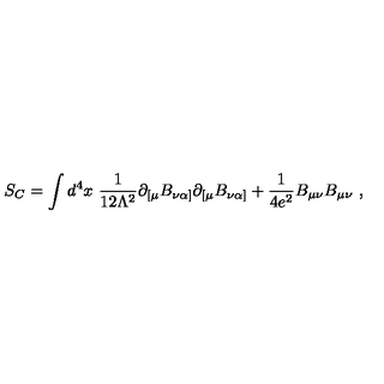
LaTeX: S _ { C } = \int d ^ { 4 } x \ { \frac { 1 } { 1 2 \Lambda ^ { 2 } } } \partial _ { [ \mu } B _ { \nu \alpha ] } \partial _ { [ \mu } B _ { \nu \alpha ] } + { \frac { 1 } { 4 e ^ { 2 } } } B _ { \mu \nu } B _ { \mu \nu } \ ,